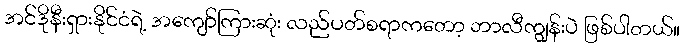
အင်ဒိုနီးရှားနိုင်ငံရဲ့ အကျော်ကြားဆုံး လည်ပတ်စရာကတော့ ဘာလီကျွန်းပဲ ဖြစ်ပါတယ်။